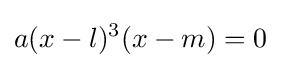
a(x-l)^{3}(x-m)=0